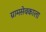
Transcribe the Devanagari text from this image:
ग्रामसेवकाला